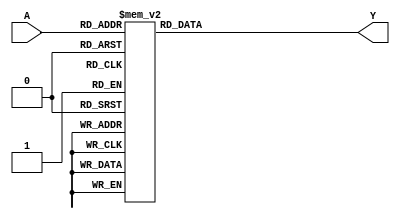
module combinational_logic (
    input wire [3:0] A, // 4-bit input
    output wire Y       // Output
);

// Define the combinational logic function using a case statement
// The don't care conditions are represented by 'X's in the case statement
always @(*) begin
    case (A)
        4'b0000: Y = 1'b0; // A = 0
        4'b0001: Y = 1'b1; // A = 1
        4'b0010: Y = 1'b1; // A = 2
        4'b0011: Y = 1'b0; // A = 3
        4'b0100: Y = 1'b1; // A = 4
        4'b0101: Y = 1'b0; // A = 5
        4'b0110: Y = 1'b1; // A = 6
        4'b0111: Y = 1'bX; // A = 7 (don't care)
        4'b1000: Y = 1'bX; // A = 8 (don't care)
        4'b1001: Y = 1'b1; // A = 9
        4'b1010: Y = 1'b0; // A = 10
        4'b1011: Y = 1'b1; // A = 11
        4'b1100: Y = 1'b0; // A = 12
        4'b1101: Y = 1'bX; // A = 13 (don't care)
        4'b1110: Y = 1'b1; // A = 14
        4'b1111: Y = 1'b0; // A = 15
        default: Y = 1'b0; // Default case
    endcase
end

endmodule